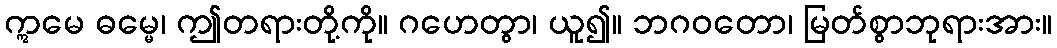
ဣမေ ဓမ္မေ၊ ဤတရားတို့ကို။ ဂဟေတွာ၊ ယူ၍။ ဘဂဝတော၊ မြတ်စွာဘုရားအား။